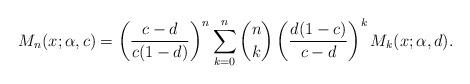
LaTeX: \begin{align*} M_n(x;\alpha,c)= \left(\frac{c-d}{c(1-d)}\right)^n \sum_{k=0}^n \binom{n}{k}\left(\frac{d(1-c)}{c-d}\right)^{k}M_k(x;\alpha,d).\end{align*}